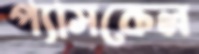
প্যাসকেল